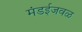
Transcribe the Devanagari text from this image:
मंडईजवळ